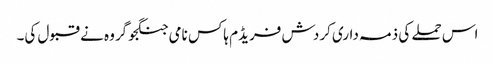
اس حملے کی ذمہ داری کردش فریڈم ہاکس نامی جنگجو گروہ نے قبول کی۔